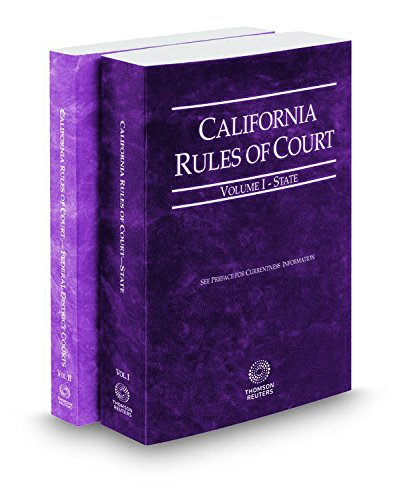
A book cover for California Rules of Court - State and Federal District Courts, 2015 Rev. Ed. (Vols. I & II, California Court Rules); Thomson West; Law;